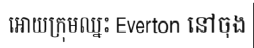
អោយក្រុមឈ្នះ Everton នៅចុង